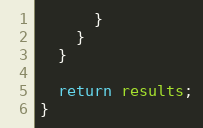
Language: JavaScript
      }
    }
  }

  return results;
}